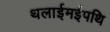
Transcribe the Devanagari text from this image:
थलाईमईपथि